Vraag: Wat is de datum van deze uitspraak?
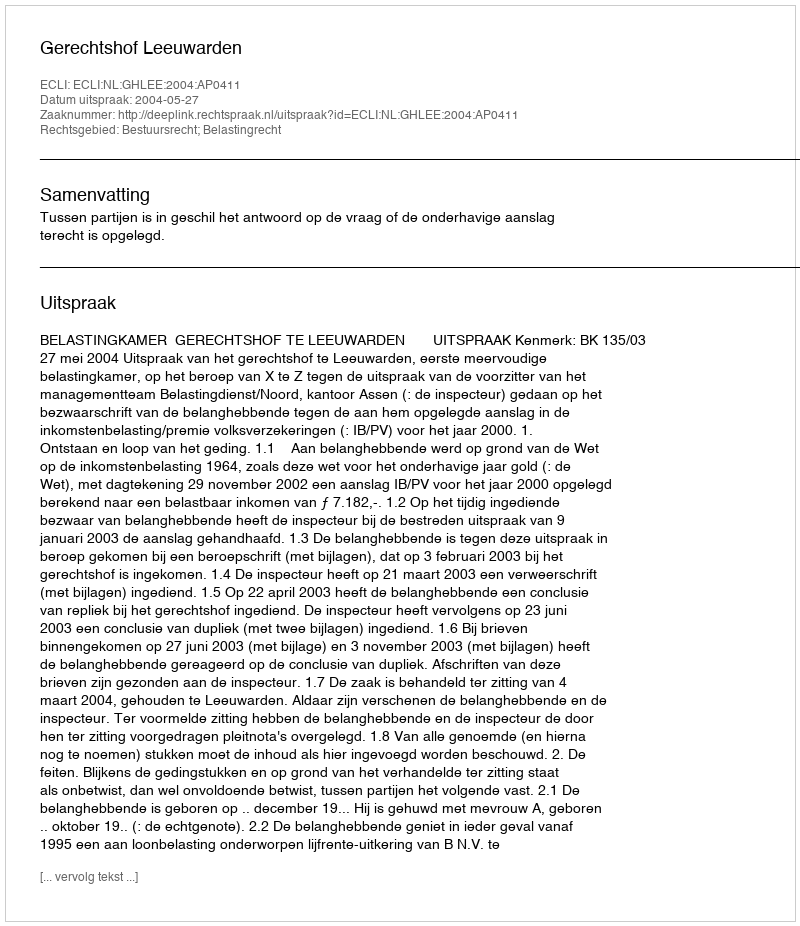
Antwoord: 2004-05-27